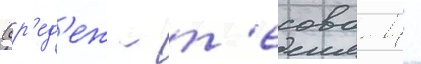
(ор'ед'еж - т'есово-4 -